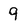
Character: 9